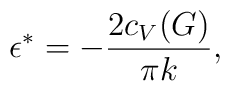
\epsilon^{*}=-{2c_V(G)\over\pi k},